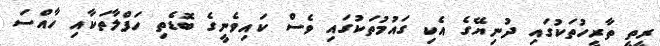
ރީތީ ތާރީހުތަކުގައި ދުނިޔޭގެ އެކި ގައުމުތަކުގައި ވެސް ކައިވެނީގެ ބޮޑެތި ހަފްލާތަކާއި ހާއްސަ